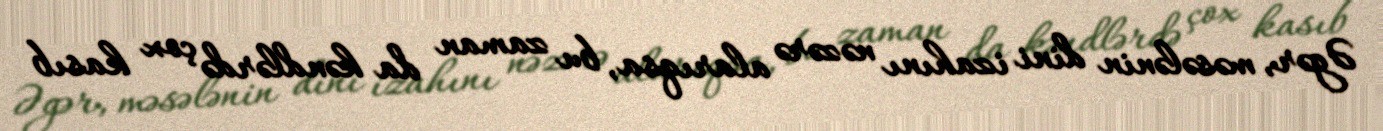
Əgər, məsələnin dini izahını nəzərə alarıqsa, bu zaman da kəndlərdə çox kasıb